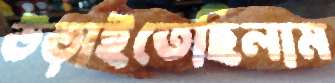
উড়াইতেছিলাম